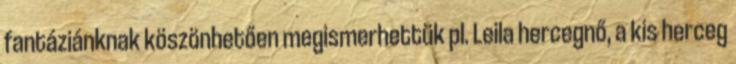
fantáziánknak köszönhetően megismerhettük pl. Leila hercegnő, a kis herceg